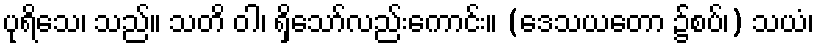
ပုရိသေ၊ သည်။ သတိ ဝါ၊ ရှိသော်လည်းကောင်း။ (ဒေသယတော ၌စပ်၊) သယံ၊